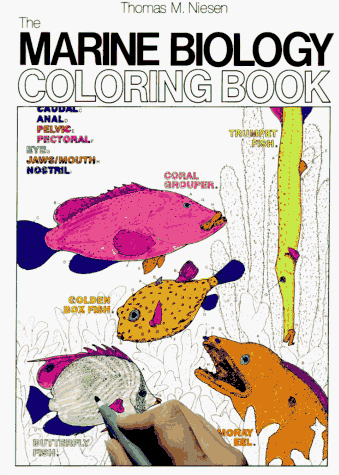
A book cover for The Marine Biology Coloring Book (College Outline); Thomas M. Niesen; Science & Math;